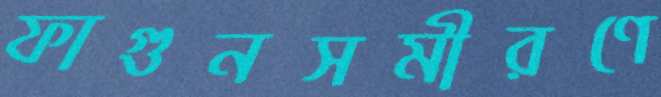
ফাগুনসমীরণে